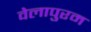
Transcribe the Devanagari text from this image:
वेलापुरम